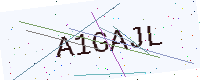
Text: A1GAJL